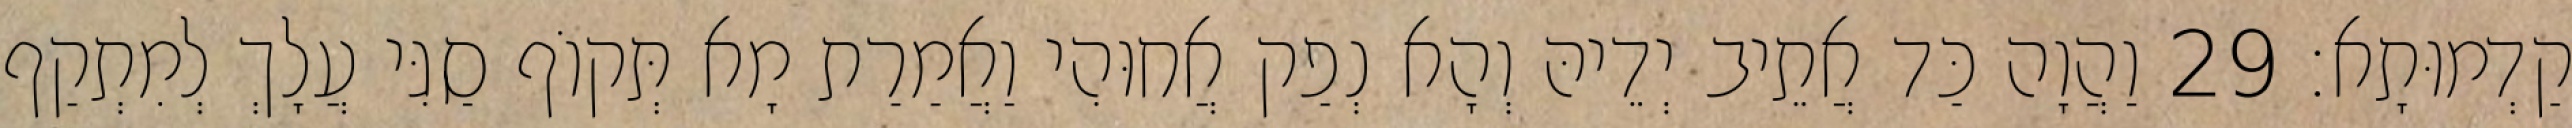
קַדְמוּתָא׃ 29 וַהֲוָה כַּד אֲתֵיב יְדֵיהּ וְהָא נְפַק אֲחוּהִי וַאֲמַרַת מָא תְּקוֹף סַגִּי עֲלָךְ לְמִתְקַף